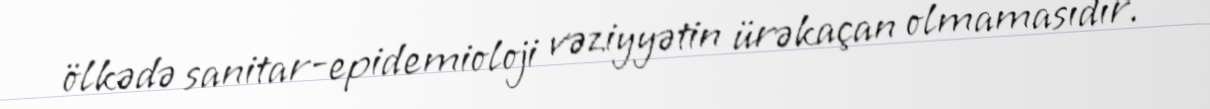
ölkədə sanitar-epidemioloji vəziyyətin ürəkaçan olmamasıdır.